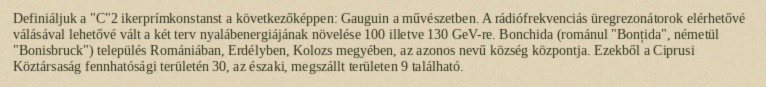
Definiáljuk a "C"2 ikerprímkonstanst a következőképpen: Gauguin a művészetben. A rádiófrekvenciás üregrezonátorok elérhetővé válásával lehetővé vált a két terv nyalábenergiájának növelése 100 illetve 130 GeV-re. Bonchida (románul "Bonțida", németül "Bonisbruck") település Romániában, Erdélyben, Kolozs megyében, az azonos nevű község központja. Ezekből a Ciprusi Köztársaság fennhatósági területén 30, az északi, megszállt területen 9 található.